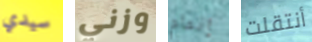
سيدي وزني إتمام أنتقلت